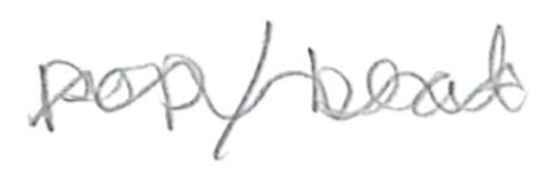
Text: pop/beat
Cross-out: wave
Writing tool: pencil